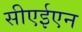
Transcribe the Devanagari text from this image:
सीएईएन